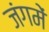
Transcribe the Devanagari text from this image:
जंगमें